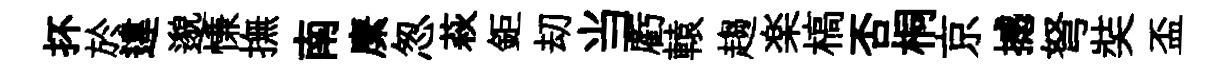
抔於違邈慊撫南縻怱萩鉅刧当虧轅趨楽槁否桐京撼弩奘盃